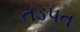
તડપત